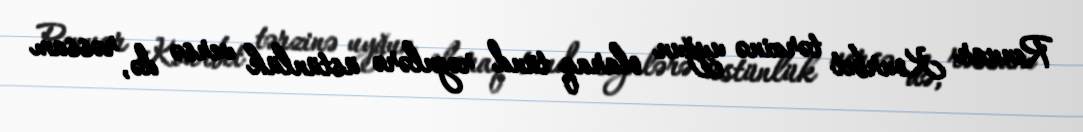
Renuar Kourbet tərzinə uyğun olaraq tünd rəgnlərə üstünlük versə də, rəssam